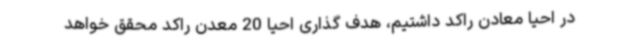
در احیا معادن راکد داشتیم، هدف گذاری احیا 20 معدن راکد محقق خواهد